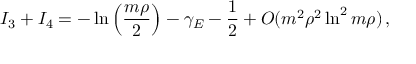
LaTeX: I _ { 3 } + I _ { 4 } = - \ln \left( { \frac { m \rho } { 2 } } \right) - \gamma _ { E } - { \frac { 1 } { 2 } } + { \cal O } ( m ^ { 2 } \rho ^ { 2 } \ln ^ { 2 } m \rho ) \, ,